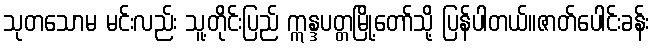
သုတသောမ မင်းလည်း သူ့တိုင်းပြည် ဣန္ဒပတ္တမြို့တော်သို့ ပြန်ပါတယ်။ဇာတ်ပေါင်းခန်း